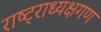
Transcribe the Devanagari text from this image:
राष्ट्राध्यक्षगण